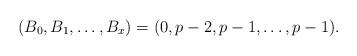
LaTeX: \begin{align*}(B_0, B_1, \ldots, B_x) = (0,p-2,p-1,\ldots, p-1).\end{align*}